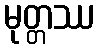
မုတ္တဿ